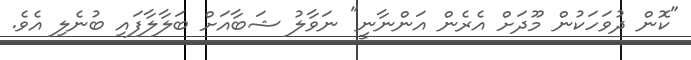
"ކޮން ދުވަހަކުން މޫދަށް އެރެން އަންނާނީ" ނަވާލު ޝަބާއަށް ބަލާލާފައި ބުނެލި އެވެ.